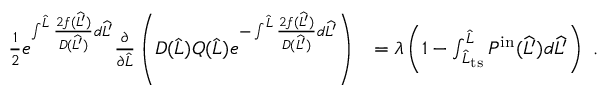
\begin{array} { r l } { \frac { 1 } { 2 } e ^ { \int ^ { \widehat { L } } \frac { 2 f ( \widehat { L ^ { \prime } } ) } { D ( \widehat { L ^ { \prime } } ) } d \widehat { L ^ { \prime } } } \frac { \partial } { \partial \widehat { L } } \left( D ( \widehat { L } ) Q ( \widehat { L } ) e ^ { - \int ^ { \widehat { L } } \frac { 2 f ( \widehat { L ^ { \prime } } ) } { D ( \widehat { L ^ { \prime } } ) } d \widehat { L ^ { \prime } } } \right) } & { = \lambda \left( 1 - \int _ { \widehat { L } _ { \mathrm { t s } } } ^ { \widehat { L } } P ^ { \mathrm { i n } } ( \widehat { L ^ { \prime } } ) d \widehat { L ^ { \prime } } \right) \ . } \end{array}